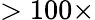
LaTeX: >100\times